Document type: Sale
Year: 1274
Scribe: [Unknown]
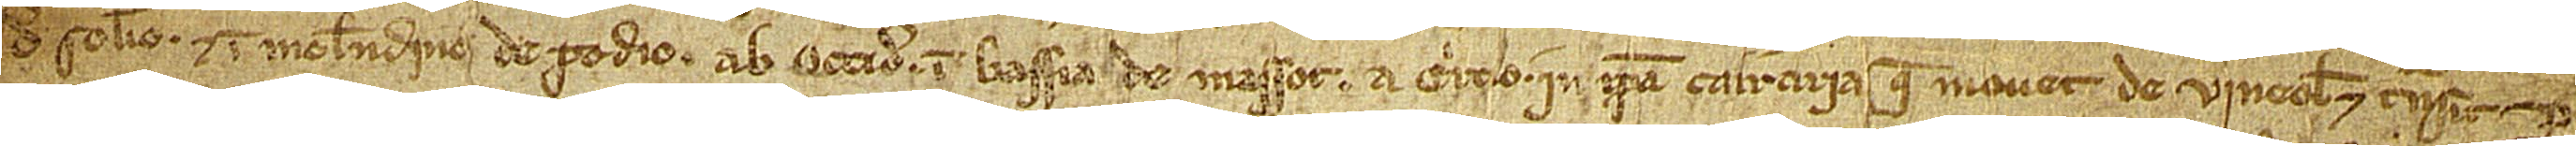
de Solerio, et in molendino de Podio; ab occiduo in bassia de Massot; a circio in ipsa carraria que movet de Vineolis et transit per